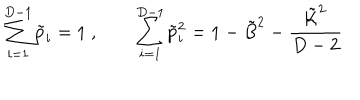
\sum _ { i = 1 } ^ { D - 1 } \tilde { p } _ { i } = 1 \ , \qquad \sum _ { i = 1 } ^ { D - 1 } \tilde { p } _ { i } ^ { 2 } = 1 - \tilde { B } ^ { 2 } - \frac { \tilde { { \cal K } } ^ { 2 } } { D - 2 }